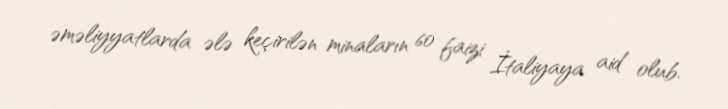
əməliyyatlarda ələ keçirilən minaların 60 faizi İtaliyaya aid olub.